system: You are a helpful assistant.
user:
Analyze the provided spectrum to determine if it is a **Carbon Star (C-type)**.

- **Key Visual Indicators of Carbon Star:**
    - **(Primary):** Strong molecular absorption from **C₂ (diatomic carbon) "Swan Bands."** This is the **defining feature** of a carbon star.
        - **(Key Bandheads):** Sharp absorption edges are visible at approximately $5635$ Å, $5165$ Å (the strongest band), and $4737$ Å.
        - **(Line Profile):** Creates a distinct **"saw-tooth"** pattern. The key morphology is a sharp, steep bandhead on the **red (long-wavelength) side**, which then gradually tapers off (i.e., flux recovers) towards the **blue (short-wavelength) side**. *(This is the direct opposite of the TiO bands seen in M-type stars)*.

    - **(Secondary):** Intense **CN (cyanogen)** molecular absorption bands.
        - **(Key Bandheads):** Located in the blue and violet regions of the spectrum (e.g., near $4215$ Å and $3883$ Å).
        - **(Morphology):** These bands are extremely broad and act as a "blanket," absorbing the vast majority of blue and violet light. This creates a characteristic **"cliff"** or **"steep drop-off"** in the spectrum's flux at short wavelengths.

    - **(Key Confirmation):** Strong **CH absorption band (G-band)**.
        - **(Key Bandhead):** Located around $4300$ Å. The contribution from CH molecules to this band is exceptionally strong.

    - **(Overall Spectrum):**
        - The continuum is severely "chopped up" by these deep molecular bands, especially C₂, rather than appearing as a smooth curve.
        - Due to the heavy CN and C₂ absorption in the blue-green, the vast majority of the star's flux is concentrated in the red part of the spectrum, giving the star its characteristic deep red color.

Think first, call **spectral_visualization_tool** if needed to examine features in detail, then provide your final answer. Your response must adhere to the following strict rules:
1.  **Overall Structure:** Your response must follow the format `<think>...</think> <tool_call>...</tool_call> (if a tool is used) <answer>...</answer>`.
2.  **Tool Usage Constraint:** You may only make **one** tool call per turn.
3.  **Final Answer Format:** In the `<answer>` tag, your conclusion must be inside a `\boxed{}` command (e.g., `\boxed{YES}`), followed by your justification.

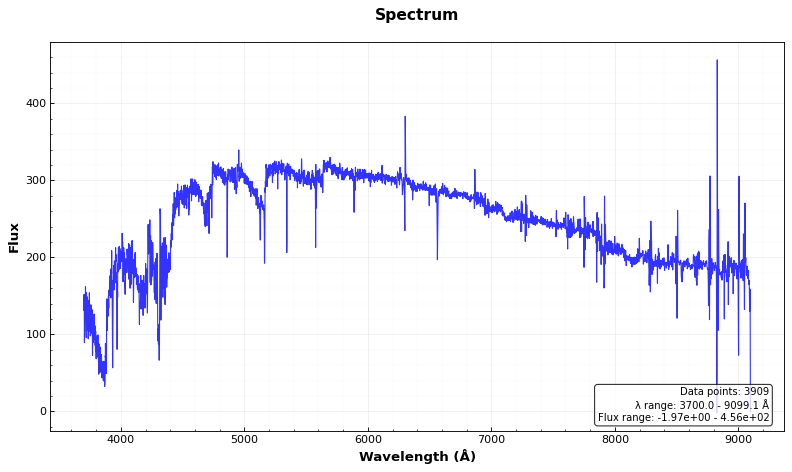
Answer: YES